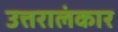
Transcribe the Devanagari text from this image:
उत्तरालंकार